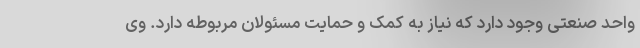
واحد صنعتی وجود دارد که نیاز به کمک و حمایت مسئولان مربوطه دارد. وی